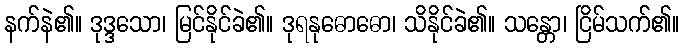
နက်နဲ၏။ ဒုဒ္ဒသော၊ မြင်နိုင်ခဲ၏။ ဒုရနုဓောဓော၊ သိနိုင်ခဲ၏။ သန္တော၊ ငြိမ်သက်၏။